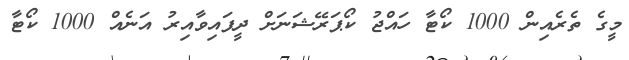
މީގެ ތެރެއިން 1000 ކޯޓާ ހައްޖު ކޯޕަރޭޝަނަށް ދީފައިވާއިރު އަނެއް 1000 ކޯޓާ